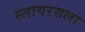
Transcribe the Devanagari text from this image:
स्लायरसला